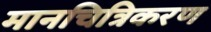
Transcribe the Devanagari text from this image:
मानचित्रिकरण